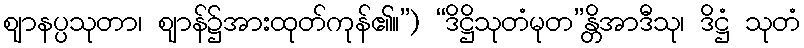
ဈာနပ္ပသုတာ၊ ဈာန်၌အားထုတ်ကုန်၏။”) “ဒိဋ္ဌိသုတံမုတ”န္တိအာဒီသု၊ ဒိဋ္ဌံ သုတံ